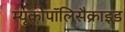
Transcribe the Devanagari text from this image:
म्यूकोपॉलिसैक्राइड